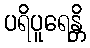
ပရိပူရေန္တိ